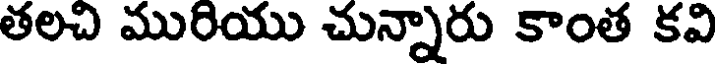
తలచి మురియు చున్నారు కాంత కవి